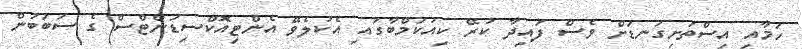
ހަމާއި އިސްތަށިގަނޑަށް ވެސް ފައިދާ ކުރޭ ކިއުކަމްބާގައި އެކުލެވޭ އެންޓިއޮކްސިޑަންޓްސް ގެ ސަބަބުން